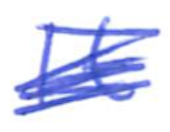
Text: It
Cross-out: scratch
Writing tool: ballpoint